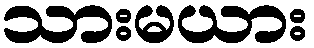
သားမယား